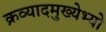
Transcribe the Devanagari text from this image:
क्रव्यादमुख्येभ्यो